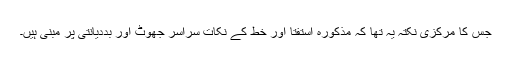
جس کا مرکزی نکتہ یہ تھا کہ مذکورہ استفتا اور خط کے نکات سراسر جھوٹ اور بددیانتی پر مبنی ہیں۔